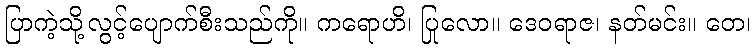
ပြာကဲ့သို့လွင့်ပျောက်စီးသည်ကို။ ကရောဟိ၊ ပြုလော။ ဒေဝရာဇ၊ နတ်မင်း။ တေ၊